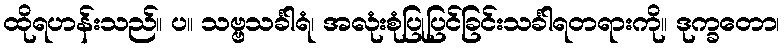
ထိုရဟန်းသည်။ ပ။ သဗ္ဗသင်္ခါရံ၊ အလုံးစုံပြုပြင်ခြင်းသင်္ခါရတရားကို။ ဒုက္ခတော၊